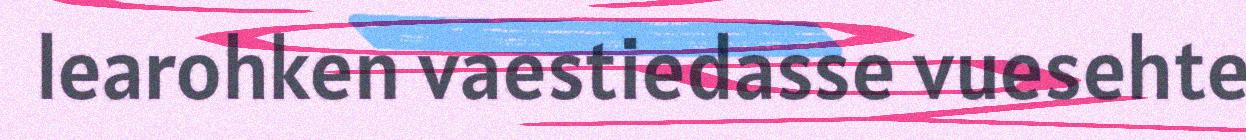
learohken vaestiedasse vuesehte